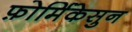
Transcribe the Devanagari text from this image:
फ़ोर्मिकेसुन